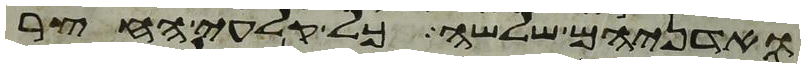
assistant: ואדניהם שלשה כל קלעי החצר